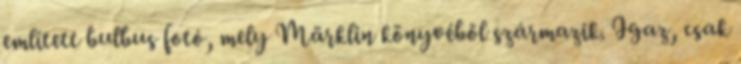
említett bulbus fotó, mely Märklin könyvéből származik. Igaz, csak